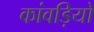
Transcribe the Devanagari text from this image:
कांवड़ियों